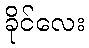
ခိုင်လေး